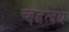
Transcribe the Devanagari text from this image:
च्द्दद्वत्दद्य